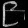
Digit: ၉